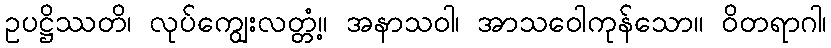
ဥပဋ္ဌိဿတိ၊ လုပ်ကျွေးလတ္တံ့။ အနာသဝါ၊ အာသဝေါကုန်သော။ ဝိတရာဂါ၊